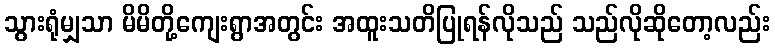
သွားရုံမျှသာ မိမိတို့ကျေးရွာအတွင်း အထူးသတိပြုရန်လိုသည် သည်လိုဆိုတော့လည်း